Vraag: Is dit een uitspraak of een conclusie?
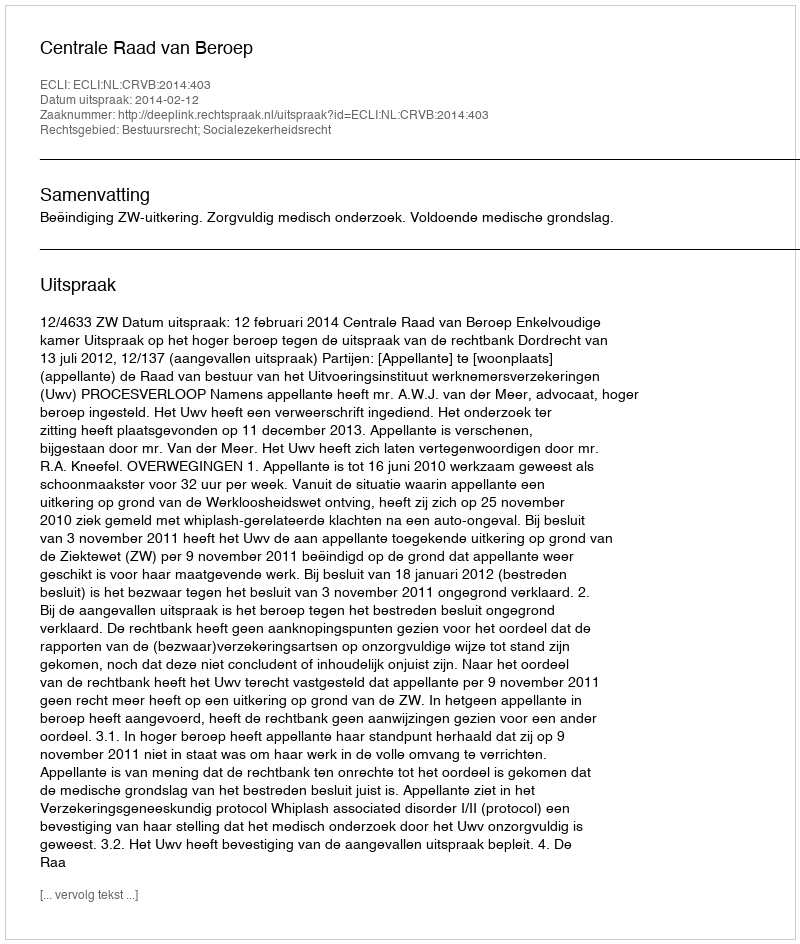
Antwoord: Uitspraak